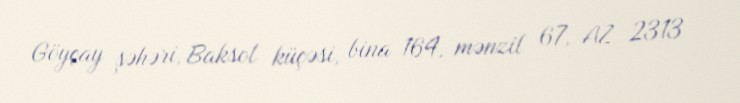
Göyçay şəhəri, Baksol küçəsi, bina 164, mənzil 67, AZ 2313